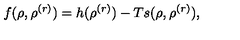
f ( \rho , \rho ^ { ( r ) } ) = h ( \rho ^ { ( r ) } ) - T s ( \rho , \rho ^ { ( r ) } ) ,